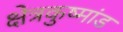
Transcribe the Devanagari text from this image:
क्षेत्रकुष्मांड